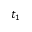
t _ { 1 }